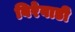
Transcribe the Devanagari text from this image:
बिरेवाडी